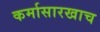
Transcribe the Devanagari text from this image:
कर्मासारखाच